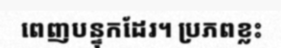
ពេញបន្ទុកដែរ។ ប្រភពខ្លះ